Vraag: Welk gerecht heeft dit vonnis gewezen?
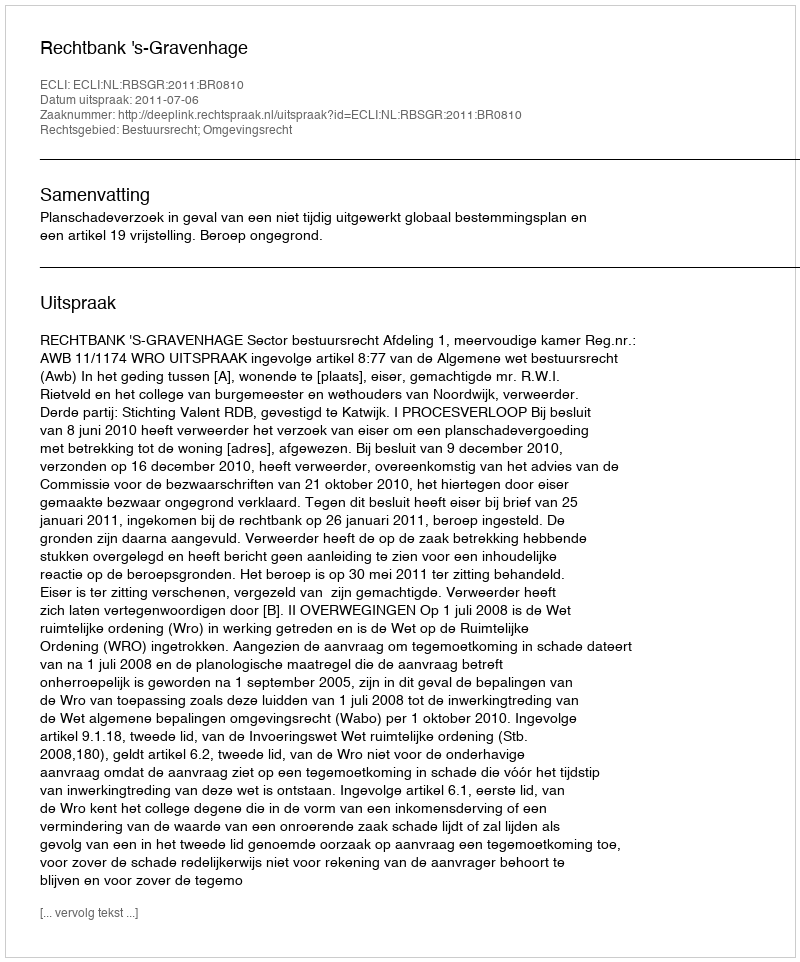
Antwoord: Rechtbank 's-Gravenhage